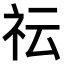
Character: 𥘟